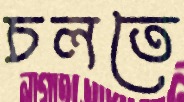
চলতে